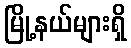
မြို့နယ်များရှိ